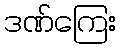
ဒဏ်ကြေး